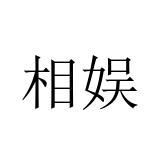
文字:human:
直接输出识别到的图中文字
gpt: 相娱